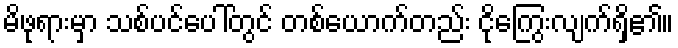
မိဖုရားမှာ သစ်ပင်ပေါ်တွင် တစ်ယောက်တည်း ငိုကြွေးလျက်ရှိ၏။